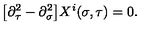
\bigl [ \partial _ { \tau } ^ { 2 } - \partial _ { \sigma } ^ { 2 } \bigr ] X ^ { i } ( \sigma , \tau ) = 0 .